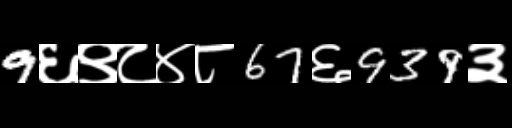
Text: 9६९८४८67६939३